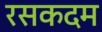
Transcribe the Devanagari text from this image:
रसकदम